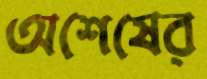
অশেষের